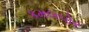
કમલપોર